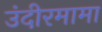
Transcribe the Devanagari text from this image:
उंदीरमामा